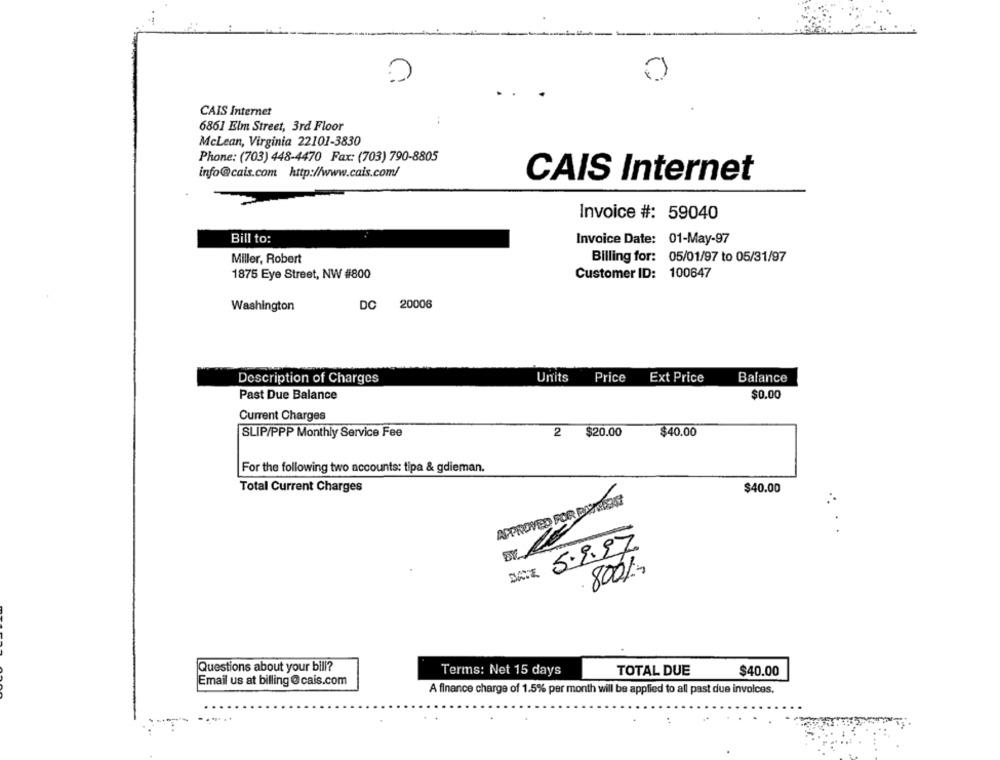
0
CAIS Internet
6861 Elm Street, 3rd Floor
McLean, Virginia 22101-3830
Phone: (703) 448-4470 Fax: (703) 790-8805
info@cais.com http://www.cais.com/
CAIS Internet
Invoice #: 59040
Bill to:
Invoice Date: 01-May-97
Miller, Robert
Billing for: 05/01/97 to 05/31/97
Customer ID: 100647
1875 Eye Street, NW #800
DC 20006
Washington
Description of Charges
Units
Price
Ext Price
Balance
Past Due Balance
$0.00
Current Charges
SLIP/PPP Monthly Service Fee
2 $20.00
$40.00
For the following two accounts: tipa & gdieman.
Total Current Charges
$40.00
APPROVED FOR DANNERST
5.9.97
800%-
DATE
Questions about your bill?
Terms: Net 15 days
TOTAL DUE
$40.00
Email us at billing @cais.com
A finance charge of 1.5% per month will be applied to all past due involces.